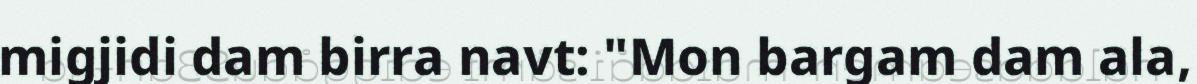
migjidi dam birra navt: "Mon bargam dam ala,